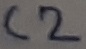
Text: C2